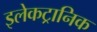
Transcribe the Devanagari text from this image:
इलेकट्रानिक